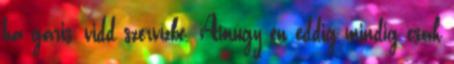
ha garis, vidd szervízbe. Amúgy én eddig mindig csak